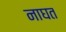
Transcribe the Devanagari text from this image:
नाघत